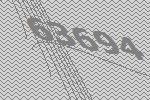
63694